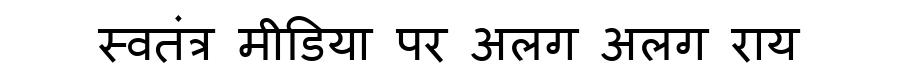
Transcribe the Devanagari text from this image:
स्वतंत्र मीडिया पर अलग अलग राय